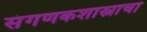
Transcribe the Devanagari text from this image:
संगणकशास्त्राचा